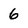
Character: 6